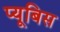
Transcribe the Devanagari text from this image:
प्यूबिस